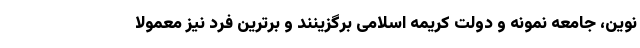
نوین، جامعه نمونه و دولت کریمه اسلامی برگزینند و برترین فرد نیز معمولا